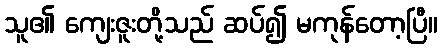
သူ၏ ကျေးဇူးတို့သည် ဆပ်၍ မကုန်တော့ပြီ။